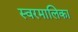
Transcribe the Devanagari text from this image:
स्वरमालिका